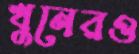
খুনেরও